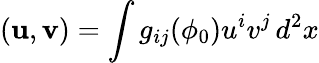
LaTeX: ({\mathbf u},{\mathbf v})=\int g_{ij}(\phi_{0})u^{i}v^{j}\, d^{2}x